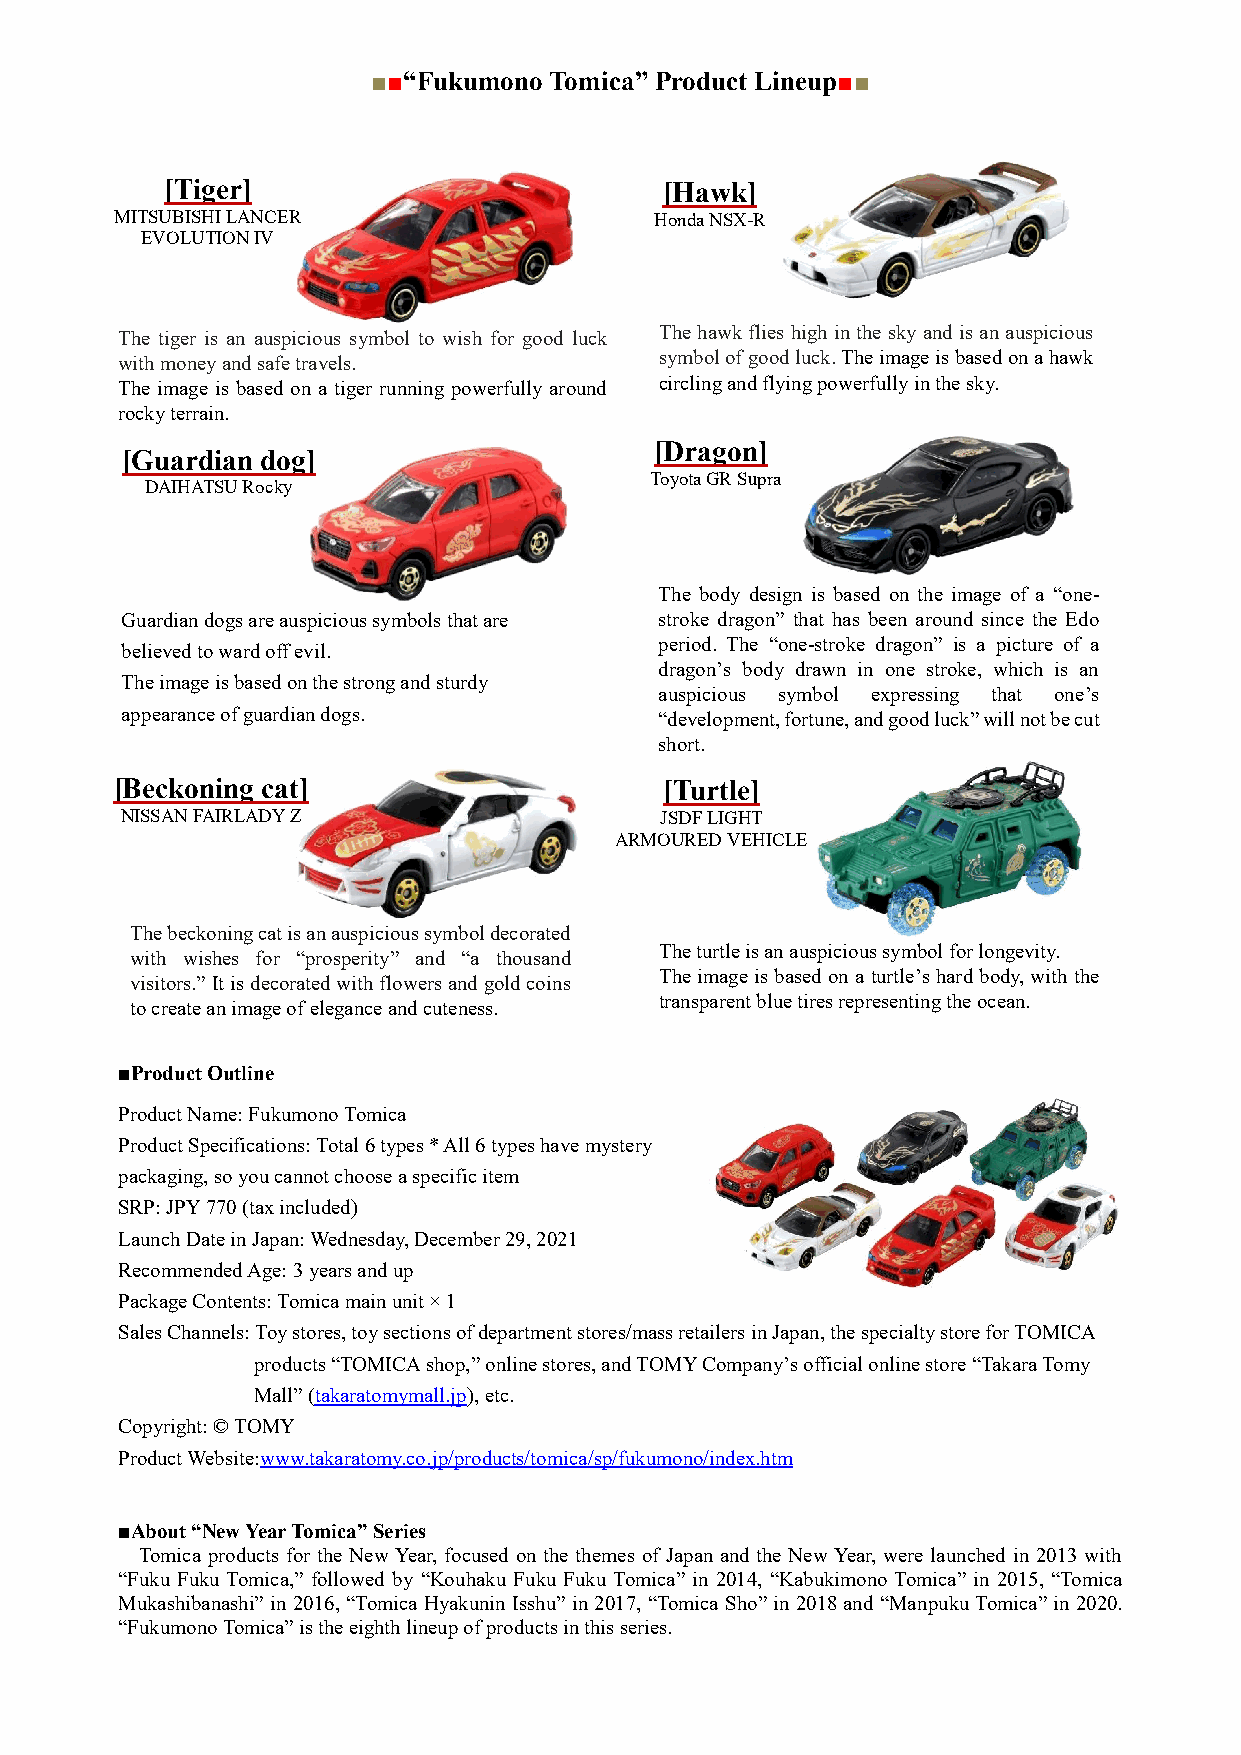
■■“Fukumono Tomica” Product Lineup■■
 [Tiger]                          [Hawk]
 MITSUBISHI LANCER                  Honda NSX-R
 EVOLUTION IV
 The tiger is an auspicious sy mbol to wish for good luck The hawk flies high in the sky and is an auspicious
 with money and safe travels.        symbol of good luck. The i mage is based on a hawk
 The image is based on a tige r running powerfully around circling and flying powerfu lly in the sky.
 rocky terrain.
 [Dragon]
 [Guardian dog]
 DAIHATSU Rocky
 Toyota GR Supra
 The body design is based on the image of a “one-
 Guardian dogs are auspicious symbols that are stroke dragon” that has been around since the Edo
 period. The “one-stroke dragon” is a picture of a
 believed to ward off evil.
 dragon’s body drawn in one stroke, which is an
 The image is based on the str ong and sturdy
 auspicious symbol expressing that one’s
 appearance of guardian dogs .       “development, fortune, and good luck” will not be cut
 short.
 [ Beckoning cat]                    [Turtle]
 NISSAN FAIRLADY Z                   JSDF LIGHT
 ARMOURED VEHICLE
 The beckoning cat is an auspicious symbol decorated
 with wishes for “prosperity” and “a thousand
 The turtle is an auspicious symbol for longevity.
 visitors.” It is decorated with flowers and gold coins
 The image is based on a turtle’s hard body, with the
 transparent blue tires representing the ocean.
 to create an image of elegance and cuteness.
 ■Product Outline
 Product Name: Fukumono Tomica
 Product Specifications: Total 6 types * All 6 types have mystery
 packaging, so you cannot choose a specific item
 SRP: JPY 770 (tax included)
 Launch Date in Japan: Wednesday, December 29, 2021
 Recommended Age: 3 years and up
 Package Contents: Tomica main unit × 1
 Sales Channels: Toy stores, toy sections of department stores/mass retailers in Japan, the specialty store for TOMICA
 products “TOMICA shop,” online stores, and TOMY Company’s official online store “Takara Tomy
 Mall” (takaratomymall.jp), etc.
 Copyright: © TOMY
 Product Website:www.takaratomy.co.jp/products/tomica/sp/fukumono/index.htm
 ■About “New Year Tomica” Series
 Tomica products for the New Year, focused on the themes of Japan and the New Year, were launched in 2013 with
 “Fuku Fuku Tomica,” followed by “Kouhaku Fuku Fuku Tomica” in 2014, “Kabukimono Tomica” in 2015, “Tomica
 Mukashibanashi” in 2016, “Tomica Hyakunin Isshu” in 2017, “Tomica Sho” in 2018 and “Manpuku Tomica” in 2020.
 “Fukumono Tomica” is the eighth lineup of products in this series.